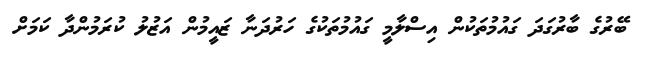
ބޭރުގެ ބާރުގަދަ ގައުމުތަކުން އިސްލާމީ ގައުމުތަކުގެ ހަރުދަނާ ޒައީމުން އަޒުލު ކުރަމުންދާ ކަމަށް